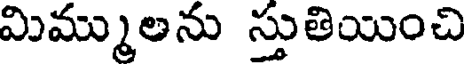
మిమ్ములను స్తుతియించి